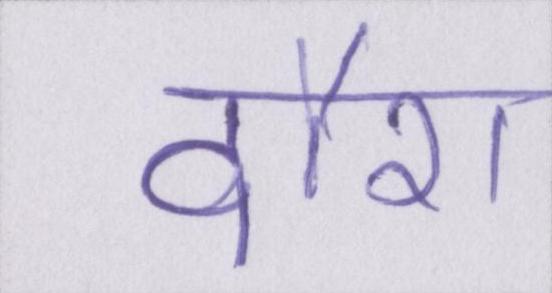
दौरा